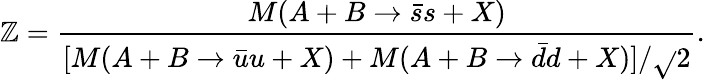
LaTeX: \mathbb{Z}=\frac{{M(A+B\rightarrow\bar{{s}}s+X)}}{{[M(A+B\rightarrow\bar{{u}}u+X)+M(A+B\rightarrow\bar{{d}}d+X)]/\sqrt{}{{2}}}}.